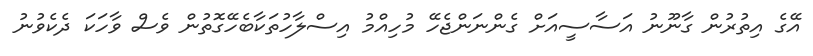
އޭގެ އިތުރުން ގާނޫނު އަސާސީއަށް ގެންނަންޖެހޭ މުހިއްމު އިސްލާހުތަކާބެހޭގޮތުން ވެސް ވާހަކަ ދެކެވުނު